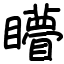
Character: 矒